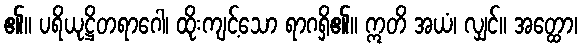
၏။ ပရိယုဋ္ဌိတရာဂေါ၊ ထိုးကျင့်သော ရာဂရှိ၏။ ဣတိ အယံ၊ လျှင်။ အတ္ထော၊